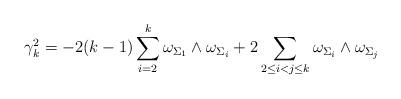
LaTeX: \begin{align*}\gamma_{k}^{2}=-2(k-1)\sum_{i=2}^{k}\omega_{\Sigma_{1}}\wedge\omega_{\Sigma_{i}}+2\sum_{2\leq i<j\leq k}\omega_{\Sigma_{i}}\wedge\omega_{\Sigma_{j}}\end{align*}